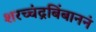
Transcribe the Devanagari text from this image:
शरच्चंद्रबिंबाननं